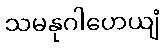
သမနုဂါဟေယျံ